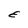
Character: E